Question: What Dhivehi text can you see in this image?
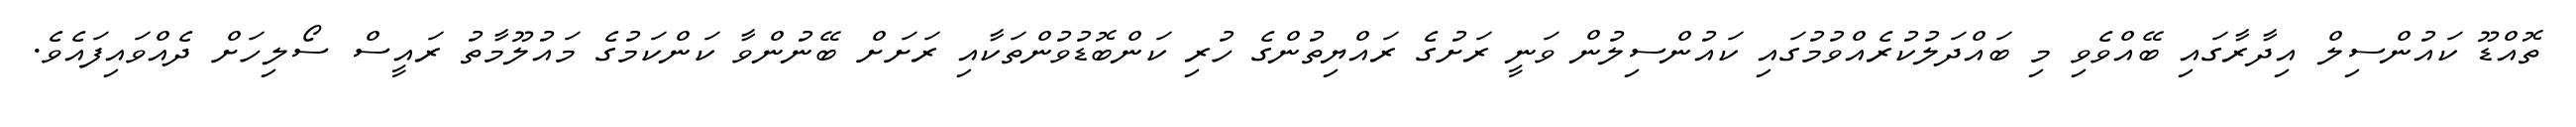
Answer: ތޮއްޑޫ ކައުންސިލް އިދާރާގައި ބޭއްވެވި މި ބައްދަލުކުރެއްވުމުގައި ކައުންސިލުން ވަނީ ރަށުގެ ރައްޔިތުންގެ ހުރި ކަންބޮޑުވުންތަކާއި ރަށަށް ބޭނުންވާ ކަންކަމުގެ މައުލޫމާތު ރައީސް ސޯލިހަށް ދެއްވައިފައެވެ.